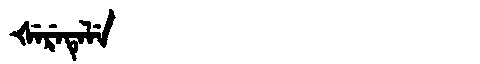
Manchu: ᡧᡝᡵᡝᡨᡝᠯᡝ
Romanization: ŠERETELE